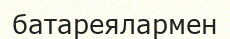
батареялармен